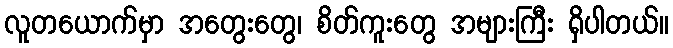
လူတယောက်မှာ အတွေးတွေ၊ စိတ်ကူးတွေ အများကြီး ရှိပါတယ်။